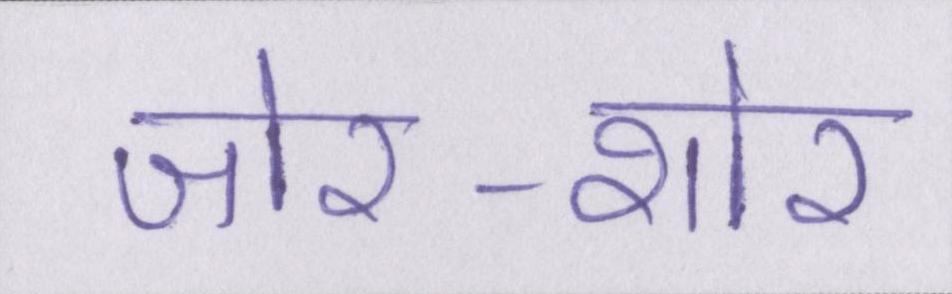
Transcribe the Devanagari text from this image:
जोर-शोर